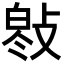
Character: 𢾓